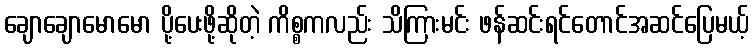
ချောချောမောမော ပို့ပေးဖို့ဆိုတဲ့ ကိစ္စကလည်း သိကြားမင်း ဖန်ဆင်းရင်တောင်အဆင်ပြေမယ့်